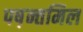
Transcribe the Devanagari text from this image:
पष़न्तमिल